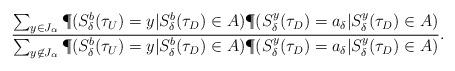
LaTeX: \begin{align*}\frac{\sum _{y \in J_\alpha} \P(S^b_\delta (\tau _U)=y|S^b_\delta (\tau _D) \in A)\P ( S^y_\delta (\tau _D)=a_\delta | S^y_\delta (\tau _D) \in A)}{\sum _{y \not\in J_\alpha} \P(S^b_\delta (\tau _U)=y|S^b_\delta (\tau _D) \in A)\P ( S^y_\delta (\tau _D)=a_\delta | S^y_\delta (\tau _D) \in A)}.\end{align*}